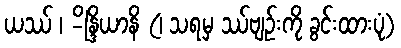
ယဿ် ၊ -ိန္ဒြိယာနိ (၊ သရမှ ဿ်ဗျဉ်းကို ခွင်းထားပုံ)